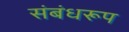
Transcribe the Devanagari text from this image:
संबंधरूप